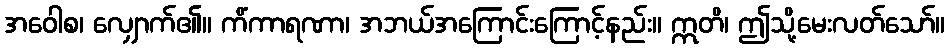
အဝေါစ၊ လျှောက်၏။ ကိံကာရဏာ၊ အဘယ်အကြောင်းကြောင့်နည်း။ ဣတိ၊ ဤသို့မေးလတ်သော်။